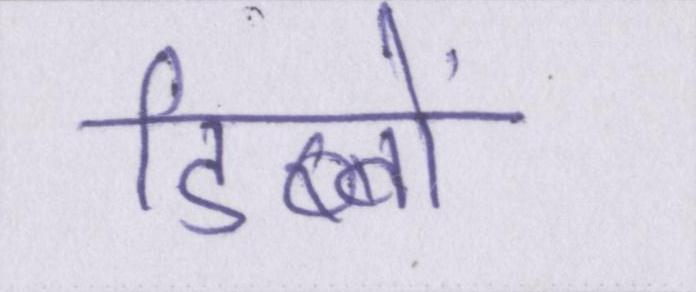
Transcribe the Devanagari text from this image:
डिब्बों